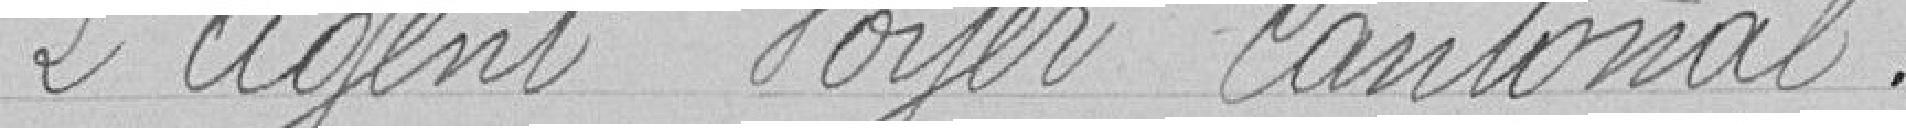
L'agent voyer cantonal.